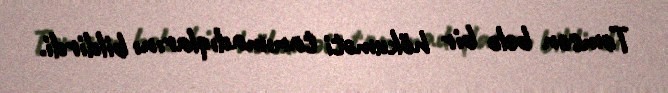
Tomson belə bir hökuməti tanımadıqlarını bildirdi.